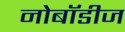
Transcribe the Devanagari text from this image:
नोबॉडीज